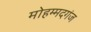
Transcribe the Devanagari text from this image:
मोहम्मदगंज